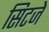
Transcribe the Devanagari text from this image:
सिटजे